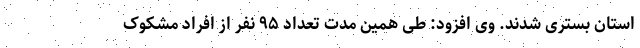
استان بستری شدند. وی افزود: طی همین مدت تعداد ۹۵ نفر از افراد مشکوک